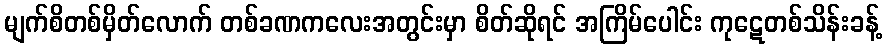
မျက်စိတစ်မှိတ်လောက် တစ်ခဏကလေးအတွင်းမှာ စိတ်ဆိုရင် အကြိမ်ပေါင်း ကုဋေတစ်သိန်းခန့်